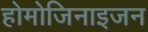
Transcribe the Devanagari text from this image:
होमोजिनाइजन